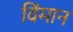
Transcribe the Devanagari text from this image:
विंमान